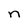
Character: n